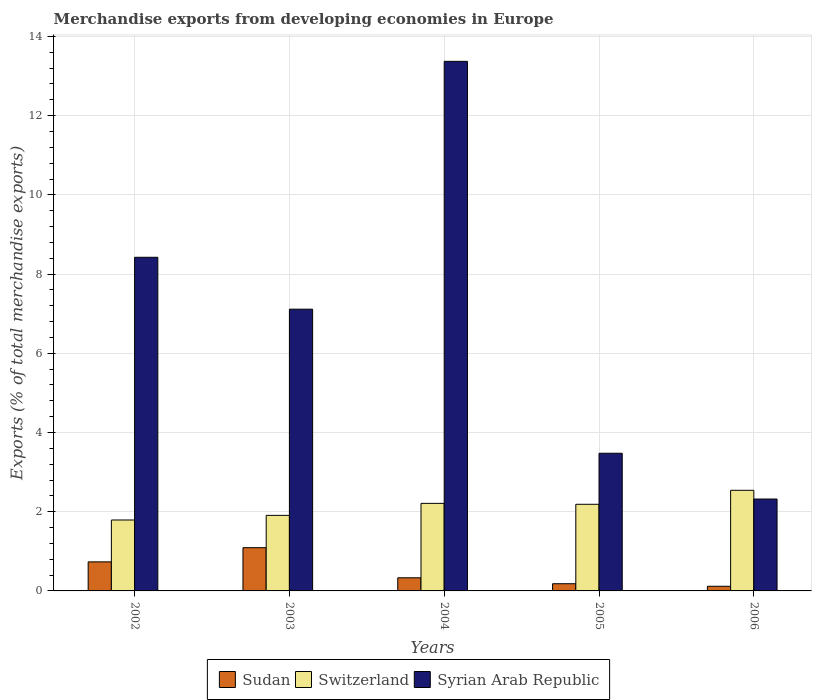
| Years | Sudan | Switzerland | Syrian Arab Republic |
 | --- | --- | --- | --- |
 | 2002 | 0.734 | 1.79 | 8.42 |
 | 2003 | 1.09 | 1.91 | 7.11 |
 | 2004 | 0.332 | 2.21 | 13.4 |
 | 2005 | 0.182 | 2.19 | 3.48 |
 | 2006 | 0.118 | 2.54 | 2.32 |